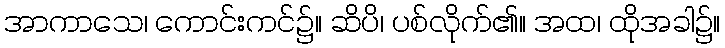
အာကာသေ၊ ကောင်းကင်၌။ ဆိပိ၊ ပစ်လိုက်၏။ အထ၊ ထိုအခါ၌။